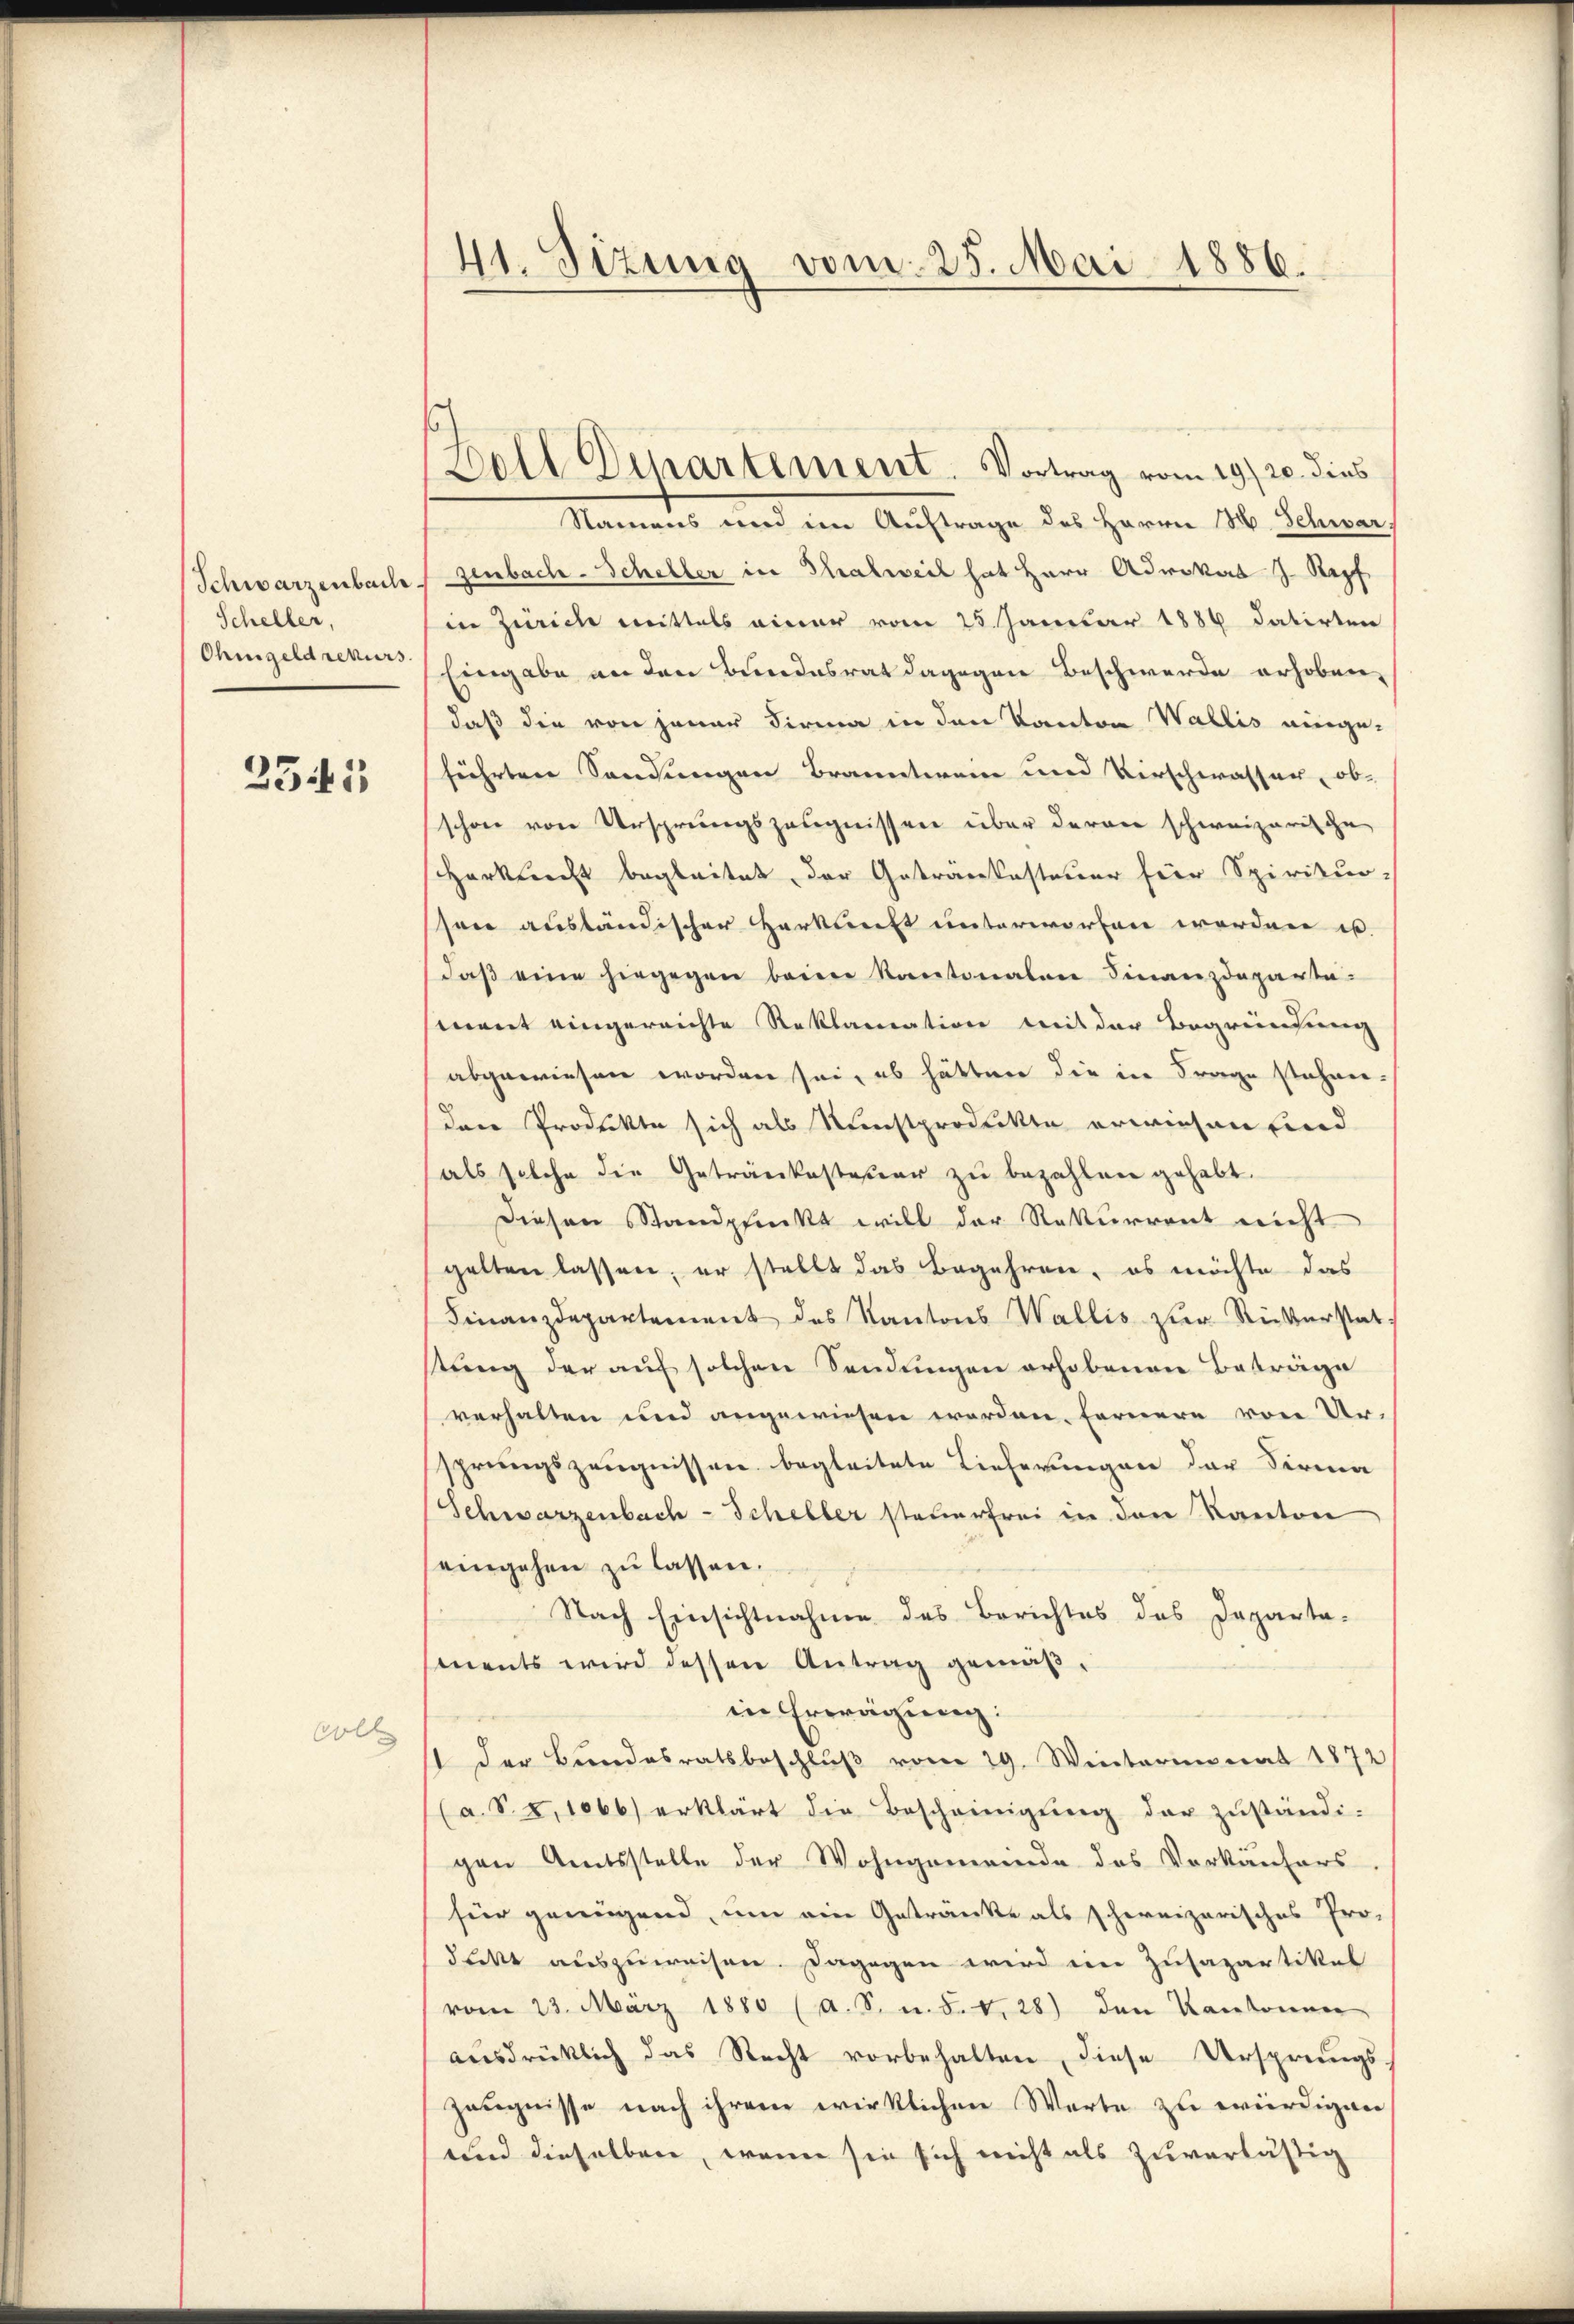
Schwarzenbach.
Scheller,
Ohmgeld rekurs

2341

olt

41. Sizung vom 25. Mai 1886.

Boll Dipartement. Vortrag vom 19/20. dies

Namens und im Auftrage des Herrn M. Schwar
zenbach-Scheller in Thalweil hat Herr Advokat J. Kopf
in Zürich mittels einer vom 25. Januar 1889 datirten
Eingabe an den Bundesrat dagegen Beschwerde erhoben,
daß die von jener Firma in den Kanton Wallis einge-
führten Sandungen Branntwen und Verschwasser, ob
schon von Ursprungszeugnissen über deren schweizerische
Herknecht begleitet, der Getränkesteuer für Spiritur-
son ausländischer Herkunft unterworfen worden is
daβ eine hingegen beim Kantonalen Finanzdeparta-
mant eingereichte Reklamation mit der Begreifung
abgewiesen worden sei, es hätten die in Frage stehen-
dere Prodeckte sich als Kunstprodukte erwiesen sind
als solche die Getränkesteuer zu bezahlen gehabt.
Diesen Standpunkt will der Rekurrent nicht
gelten lassen; er stellt das Begehren, es möchte das
Finanzdepartement des Kantons Wallis zur Rückerstatstung der auf solchen Sendungen erhobenen Beträge
verhalten und angewiesen worden, fernere von Ur-
sprungszeugnissen begleitete Lieferungen der Firma
Schwarzenbach - Scheller steuerfrei in den Kanton
eingehen zu lassen.
Nach Einsichtnahme des Berichtes des Departa-
ments wird dessen Antrag gemäßin Erwägung:
st der Bundesratsbeschlŭβ vom 29. Winterimnat 1872
(a. S. 1066) erklärt die Bescheinigŭng der zŭständi-
gen Amtsstelle der Wohngemeinde des Verkäufers
für genügend, um ein Getränke als schweizerisches Pro-
drekt auszuweisen. Dagegen wird im Zusapartikel
vom 23. März 1880 (a. S. u. d. d. 28) den Kantonnen
ausdrücklich das Recht vorbehalten, diese Ursprungs-
zeugnisse nach ihrem wirklichen Werte zu würdigen
und dieselben, wenn sie sich nicht als zuverlustig